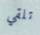
تلقي